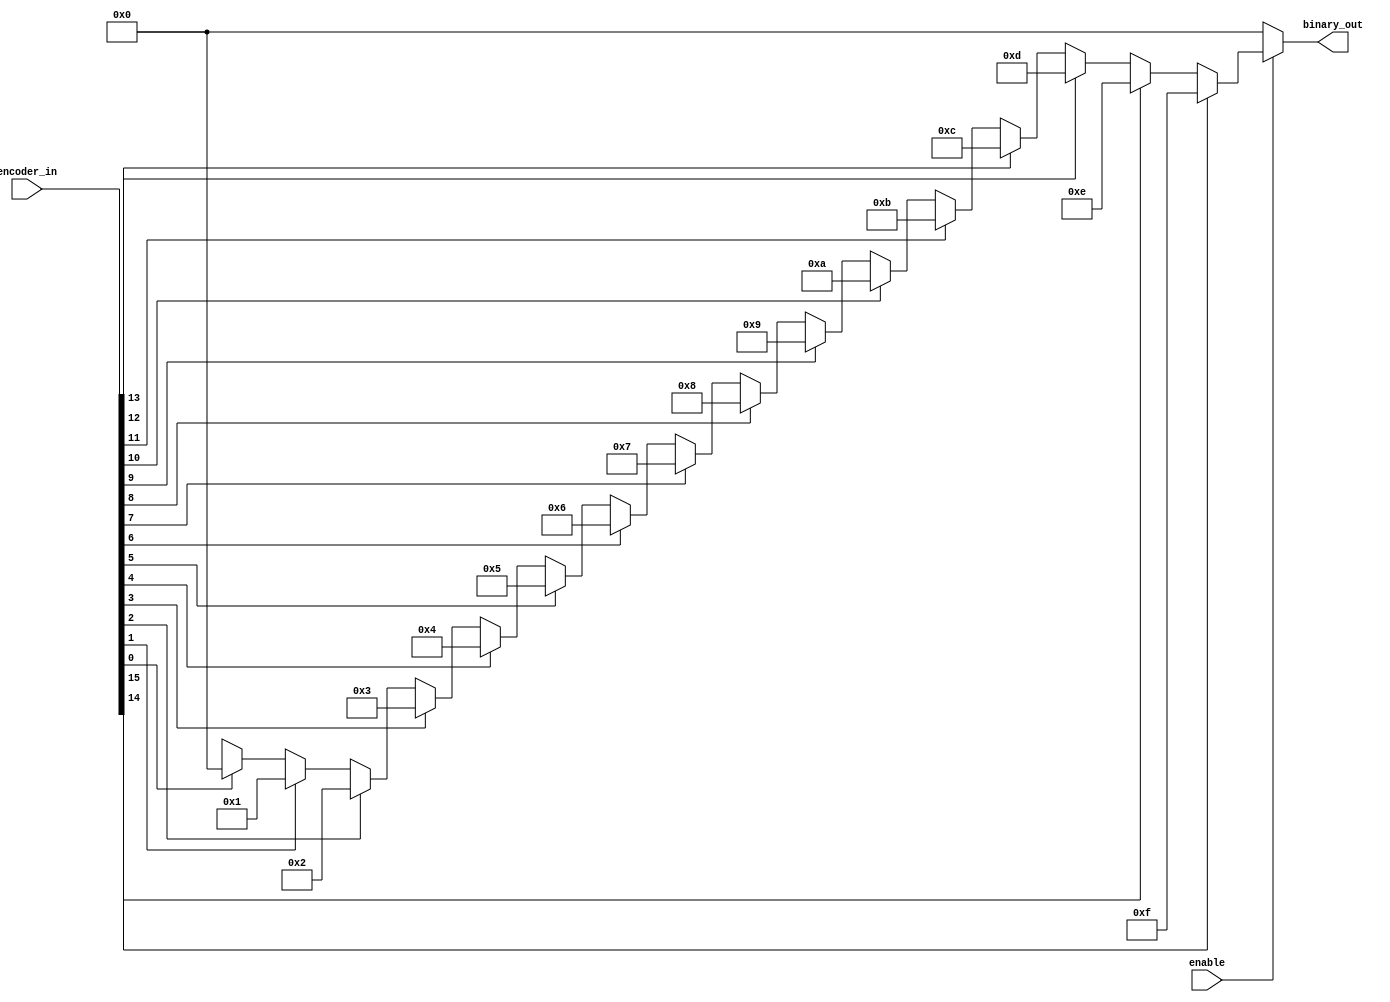
module b5_pri_enc_assign(
   input [15:0] encoder_in,
   output [3:0] binary_out,
   input enable
  );

assign binary_out  = (enable) ? (
    (encoder_in[15] == 1'b1) ? 15 :
    (encoder_in[14] == 1'b1) ? 14 :
    (encoder_in[13] == 1'b1) ? 13 :
    (encoder_in[12] == 1'b1) ? 12 :
    (encoder_in[11] == 1'b1) ? 11 :
    (encoder_in[10] == 1'b1) ? 10 :
    (encoder_in[9] == 1'b1) ? 9 :
    (encoder_in[8] == 1'b1) ? 8 :
    (encoder_in[7] == 1'b1) ? 7 :
    (encoder_in[6] == 1'b1) ? 6 :
    (encoder_in[5] == 1'b1) ? 5 :
    (encoder_in[4] == 1'b1) ? 4 :
    (encoder_in[3] == 1'b1) ? 3 :
    (encoder_in[2] == 1'b1) ? 2 :
    (encoder_in[1] == 1'b1) ? 1 :
    (encoder_in[0] == 1'b1) ? 0 : 4'bxxxx):0;
endmodule